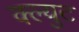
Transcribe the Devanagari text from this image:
क्ल्युट